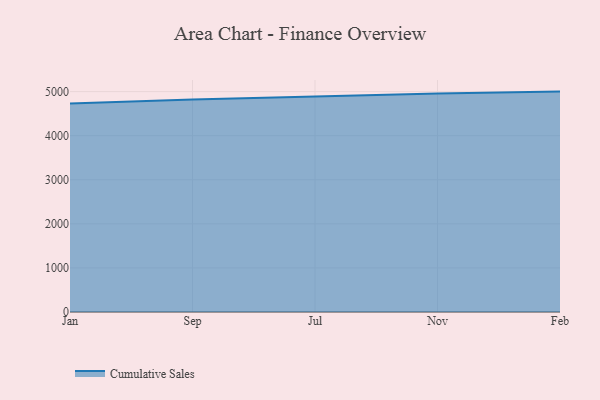
{"axis": {"x": "Month", "y": "Bounce Rate (%)"}, "legend": ["Cumulative Sales"], "data": [{"x": "Jan", "y": 4727.9, "type": "Cumulative Sales"}, {"x": "Sep", "y": 4820.7, "type": "Cumulative Sales"}, {"x": "Jul", "y": 4887.0, "type": "Cumulative Sales"}, {"x": "Nov", "y": 4959.6, "type": "Cumulative Sales"}, {"x": "Feb", "y": 5000, "type": "Cumulative Sales"}]}